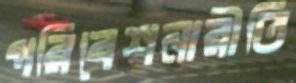
পরিবেশনারীতি